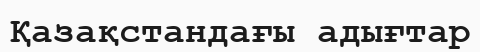
Қазақстандағы адығтар